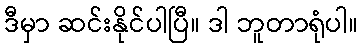
ဒီမှာ ဆင်းနိုင်ပါပြီ။ ဒါ ဘူတာရုံပါ။